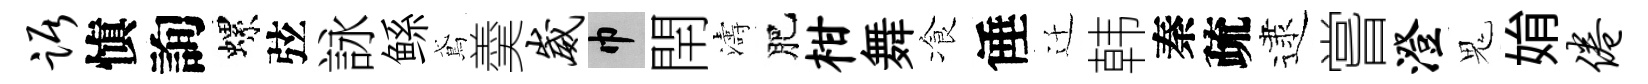
踞愼詢螺弦詠鲧鳶羮崴巾閈濤肥柑舞飡倕迁韩秦疏逮嘗澄鬼姢倦